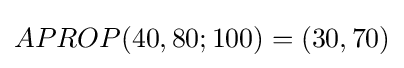
APROP(40,80;100)=(30,70)